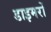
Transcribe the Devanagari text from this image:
डाइमरों